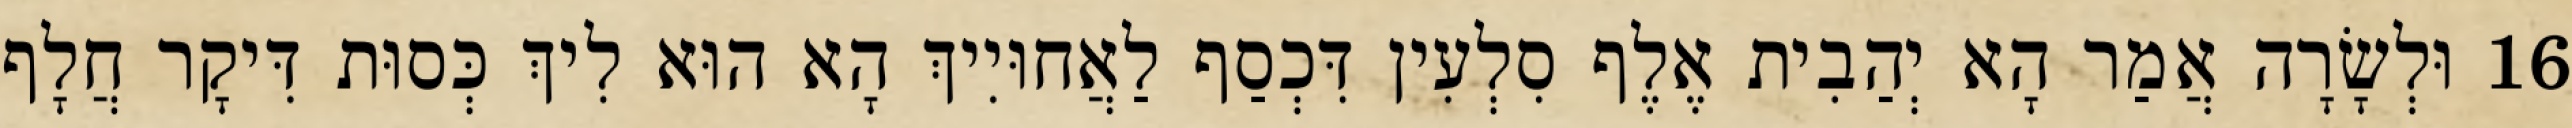
16 וּלְשָׂרָה אֲמַר הָא יְהַבִית אֶלֶף סִלְעִין דִּכְסַף לַאֲחוּיִיךְ הָא הוּא לִיךְ כְּסוּת דִּיקָר חֲלָף